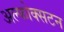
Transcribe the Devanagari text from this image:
अल्फोक्सटन